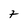
Character: 7